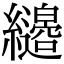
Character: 𦇭